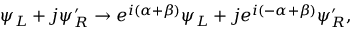
\psi _ { L } + j \psi _ { R } ^ { \prime } \to e ^ { i ( \alpha + \beta ) } \psi _ { L } + j e ^ { i ( - \alpha + \beta ) } \psi _ { R } ^ { \prime } ,